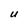
Character: U